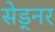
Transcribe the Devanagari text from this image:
सेड्नर